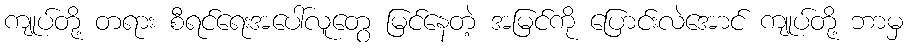
ကျုပ်တို့ တရား စီရင်ရေးအပေါ်လူတွေ မြင်နေတဲ့ အမြင်ကို ပြောင်းလဲအောင် ကျုပ်တို့ ဘာမှ